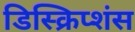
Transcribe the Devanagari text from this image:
डिस्क्रिप्शंस